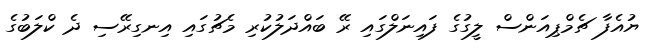
ޔުއެފާ ޗެމްޕިއަންސް ލީގުގެ ފައިނަލްގައި ރޭ ބައްދަލުކުރި މެޗުގައި އިނގިރޭސި ދެ ކްލަބުގެ